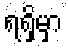
ရရှိမှာ